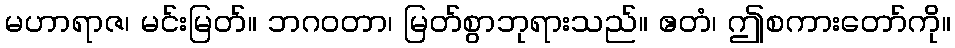
မဟာရာဇ၊ မင်းမြတ်။ ဘဂဝတာ၊ မြတ်စွာဘုရားသည်။ ဧတံ၊ ဤစကားတော်ကို။